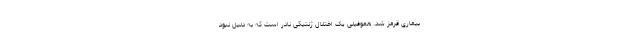
بیماری قرمز شد. هموفیلی یک اختلال ژنتیکی نادر است که به دلیل نبود